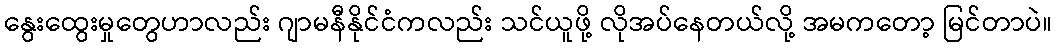
နွေးထွေးမှုတွေဟာလည်း ဂျာမနီနိုင်ငံကလည်း သင်ယူဖို့ လိုအပ်နေတယ်လို့ အမကတော့ မြင်တာပဲ။